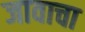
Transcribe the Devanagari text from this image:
जावाचा